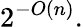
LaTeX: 2^{-O(n)}.